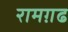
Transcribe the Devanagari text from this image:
रामग़ढ